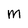
Character: m